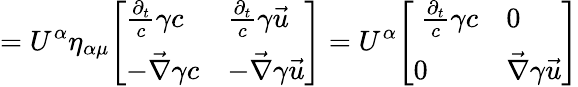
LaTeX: =U^{\alpha}\eta_{\alpha\mu}{\left[\begin{array}{ll}{{\frac{\partial_{t}}{c}}\gamma c}&{{\frac{\partial_{t}}{c}}\gamma{\vec{u}}}\\ {-{\vec{\nabla}}\gamma c}&{-{\vec{\nabla}}\gamma{\vec{u}}}\end{array}\right]}=U^{\alpha}{\left[\begin{array}{ll}{\ {\frac{\partial_{t}}{c}}\gamma c}&{0}\\ {0}&{{\vec{\nabla}}\gamma{\vec{u}}}\end{array}\right]}